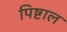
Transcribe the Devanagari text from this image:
पिष्टाल